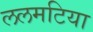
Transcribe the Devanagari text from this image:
ललमटिया